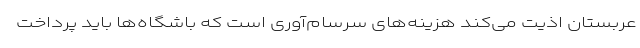
عربستان اذیت می‌کند هزینه‌های سرسام‌آوری است که باشگاه‌ها باید پرداخت